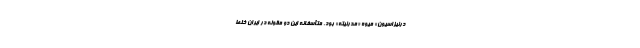
درنیزاسیون» میوه «مدرنیته» بود. متأسفانه این دو مقوله در ایران خلط